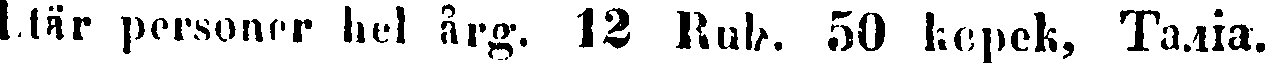
tär personer hel årg. 12 Rub. 50 kopek, Таліа.